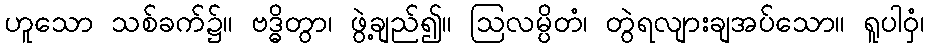
ဟူသော သစ်ခက်၌။ ဗဒ္ဓိတွာ၊ ဖွဲ့ချည်၍။ ဩလမ္ပိတံ၊ တွဲရလျားချအပ်သော။ ရူပါဝှံ၊